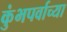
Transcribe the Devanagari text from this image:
कुंभपर्वाच्या